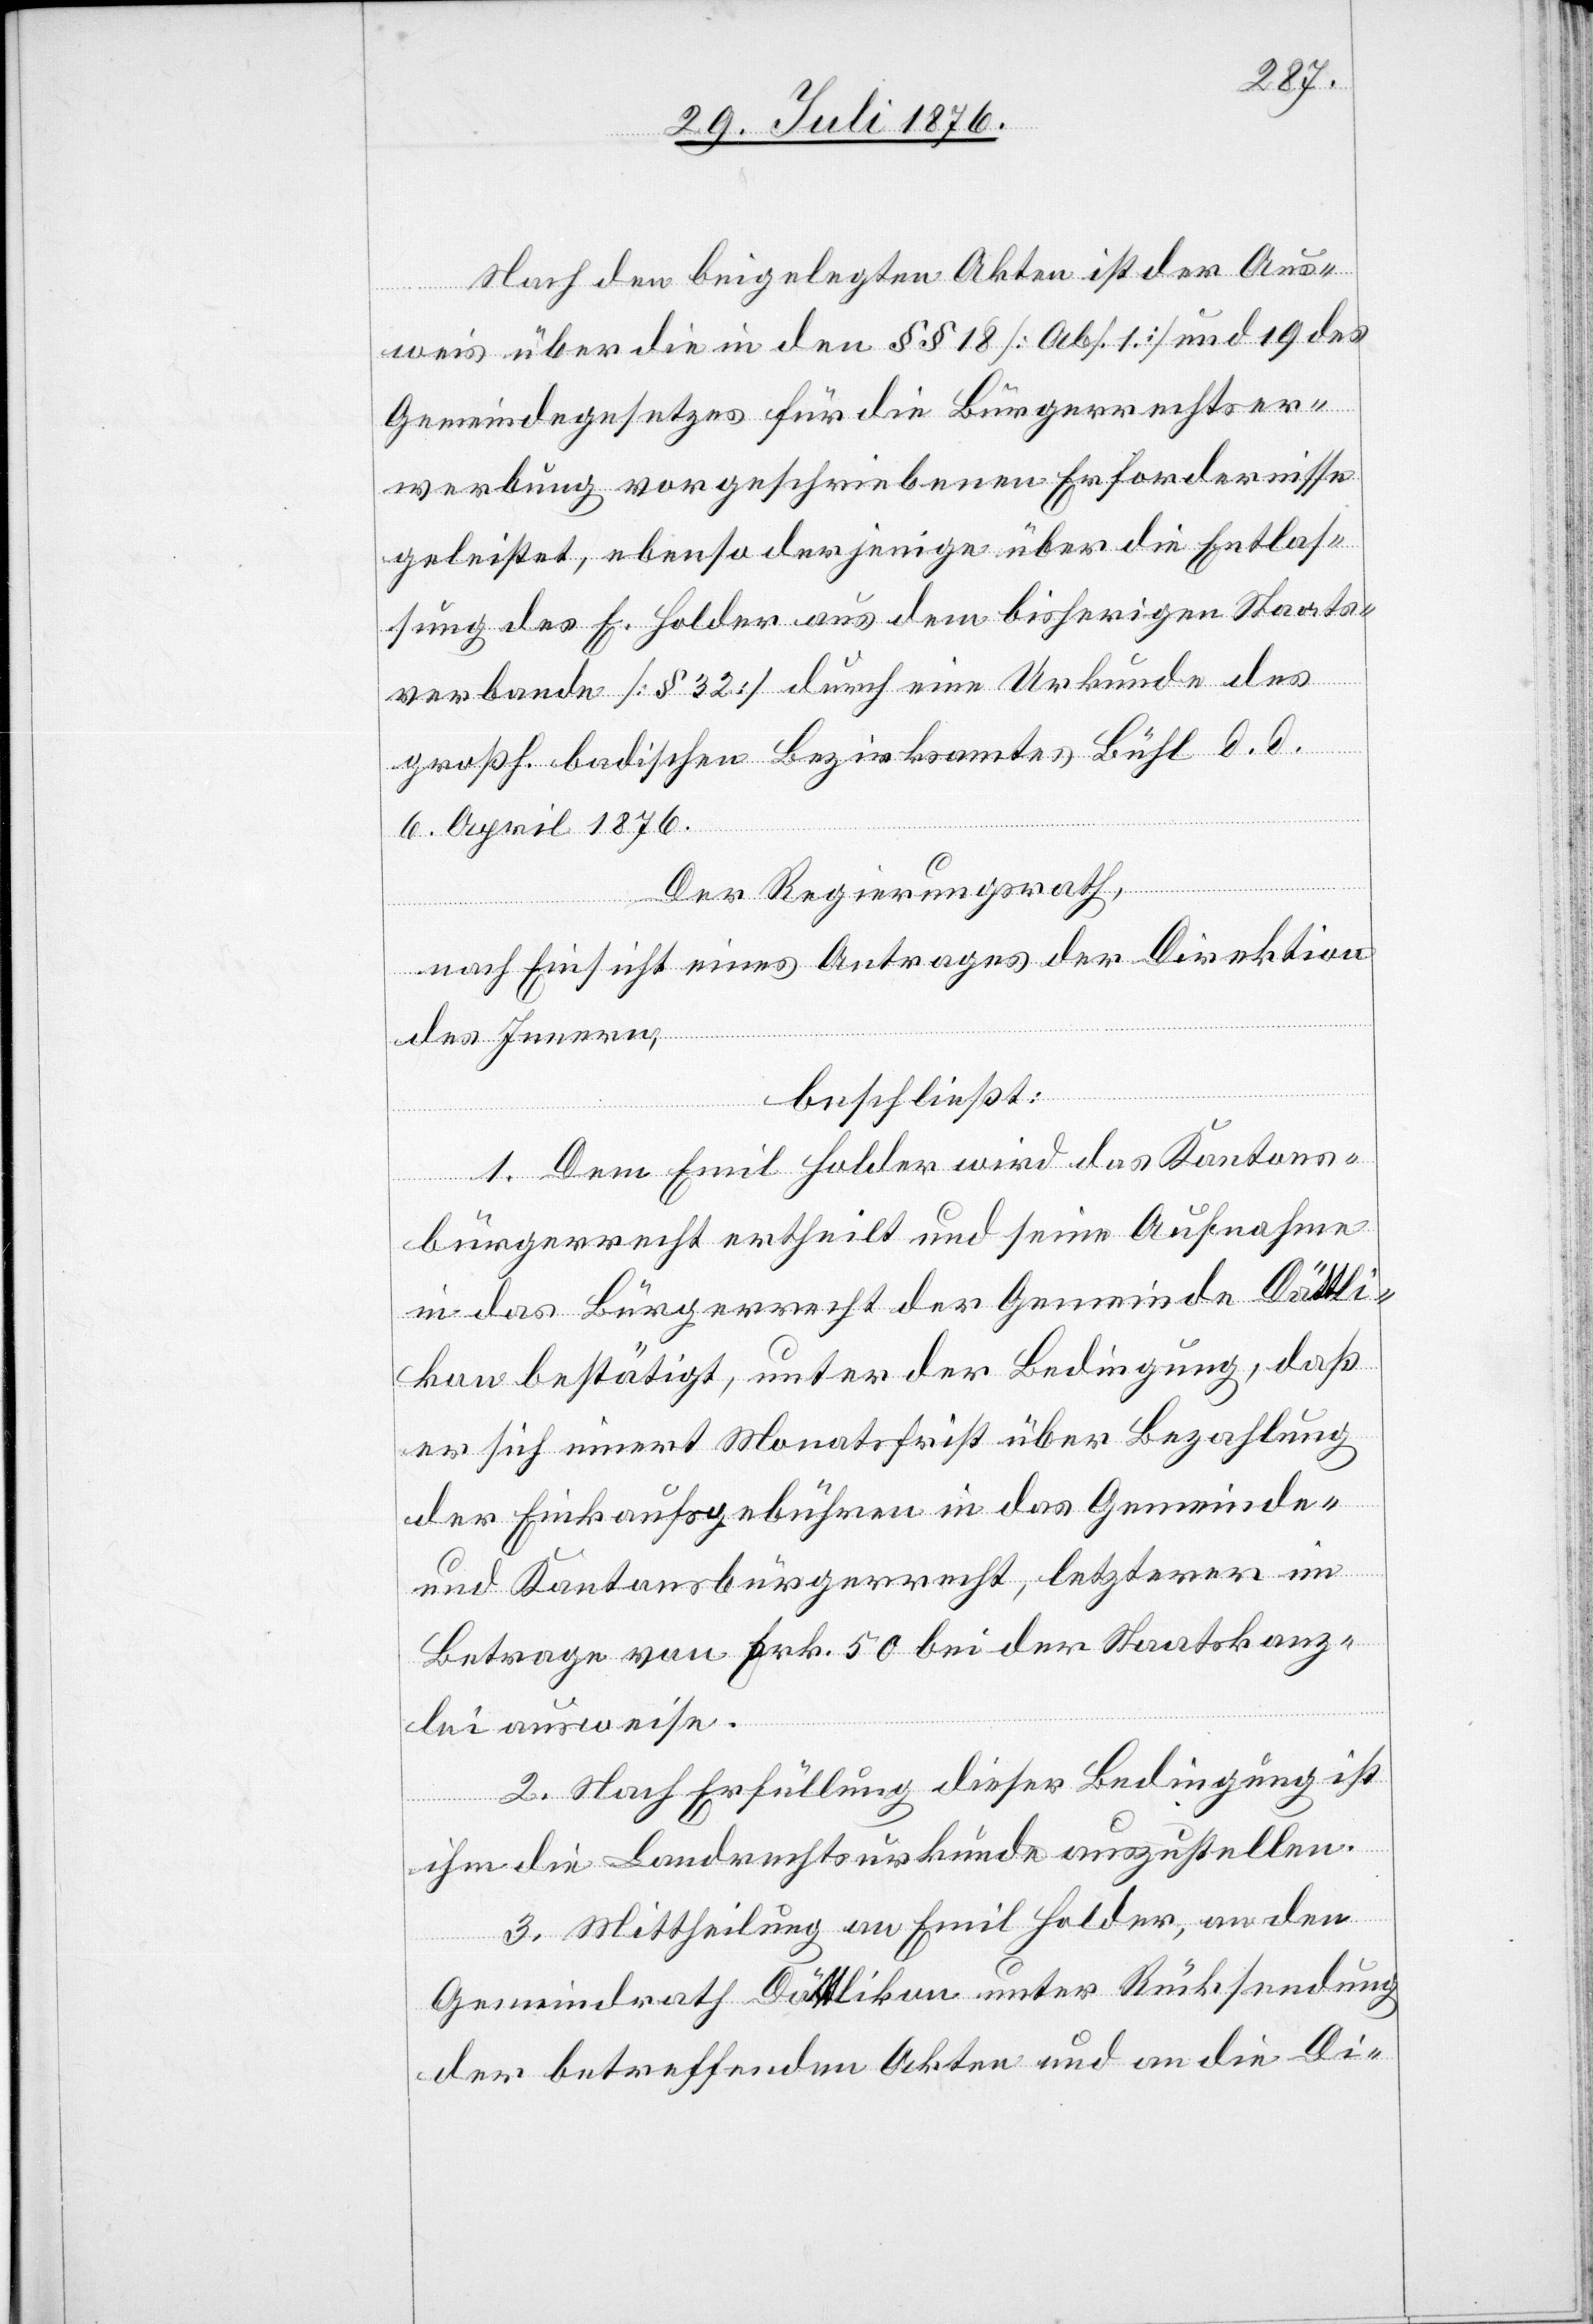
Nach den beigelegten Akten ist der Aus¬
weis über die in den §§ 18 [Abs. 1] und 19 des
Gemeindegesetzes für die Bürgerrechtser¬
werbung vorgeschriebenen Erfordernisse
geleistet, ebenso derjenige über die Entlas¬
sung des E. Holder aus dem bisherigen Staats¬
verbande [§ 32] durch eine Urkunde des
großh. badischen Bezirksamtes Bühl d. d.
6. April 1876.
Der Regierungsrath,
nach Einsicht eines Antrages der Direktion
des Innern,
beschließt:
1. Dem Emil Holder wird das Kantons¬
bürgerrecht ertheilt und seine Aufnahme
in das Bürgerrecht der Gemeinde Dättli¬
kon bestätigt, unter der Bedingung, daß
er sich innert Monatsfrist über Bezahlung
der Einkaufsgebühren in das Gemeinde-
und Kantonsbürgerrecht, letzterer im
Betrage von Frk. 50 bei der Staatskanz¬
lei ausweise.
2. Nach Erfüllung dieser Bedingung ist
ihm die Landrechtsurkunde auszustellen.
3. Mittheilung an Emil Holder, an den
Gemeindrath Dättlikon unter Rücksendung
der betreffenden Akten und an die Di-